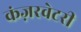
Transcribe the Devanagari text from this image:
कंज़रवेटरी